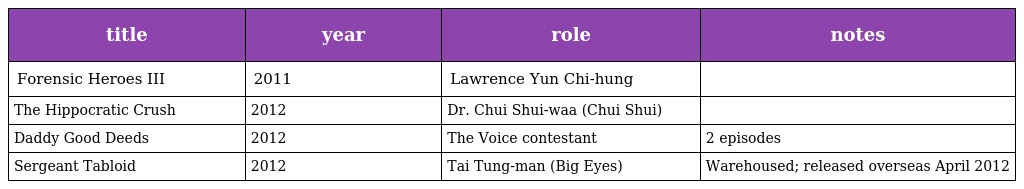
| title | year | role | notes |
 | --- | --- | --- | --- |
 | Forensic Heroes III | 2011 | Lawrence Yun Chi-hung |  |
 | The Hippocratic Crush | 2012 | Dr. Chui Shui-waa (Chui Shui) |  |
 | Daddy Good Deeds | 2012 | The Voice contestant | 2 episodes |
 | Sergeant Tabloid | 2012 | Tai Tung-man (Big Eyes) | Warehoused; released overseas April 2012 |